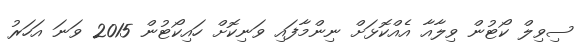
ސިވިލް ކޯޓުން ވިލާއާ އެއްކޮޅަށް ނިންމާފައި ވަނިކޮށް ހައިކޯޓުން 2015 ވަނަ އަހަރު